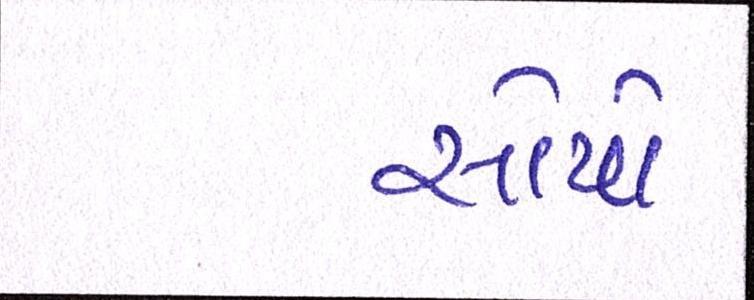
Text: સોપો